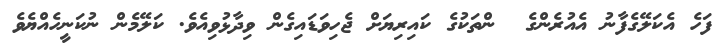
ފަހެ އެކަލޭގެފާނު އެއުރެންގެ  ންތަކުގެ ކައިރިޔަށް ޖެހިވަޑައިގެން ވިދާޅުވިއެވެ. ކަލޭމެން ނުކަނީހެއްޔެވެ